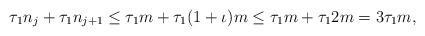
LaTeX: \begin{align*} \tau_1 n_j + \tau_1 n_{j+1} \leq \tau_1 m + \tau_1 (1 + \iota) m \leq \tau_1 m + \tau_1 2 m = 3 \tau_1 m, \end{align*}